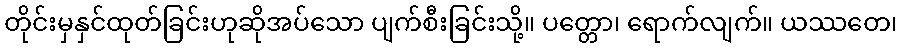
တိုင်းမှနှင်ထုတ်ခြင်းဟုဆိုအပ်သော ပျက်စီးခြင်းသို့။ ပတ္တော၊ ရောက်လျက်။ ယဿတေ၊